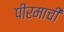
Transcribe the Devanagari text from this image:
पीरमाची